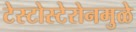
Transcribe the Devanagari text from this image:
टेस्टोस्टेरोनमुळे